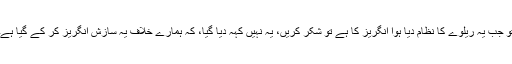
تو جب یہ ریلوے کا نظام دیا ہوا انگریز کا ہے تو شکر کریں، یہ نہیں کہہ دیا گیا، کہ ہمارے خلاف یہ سازش انگریز کر کے گیا ہے۔